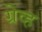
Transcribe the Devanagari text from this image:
ग्रेव्ह